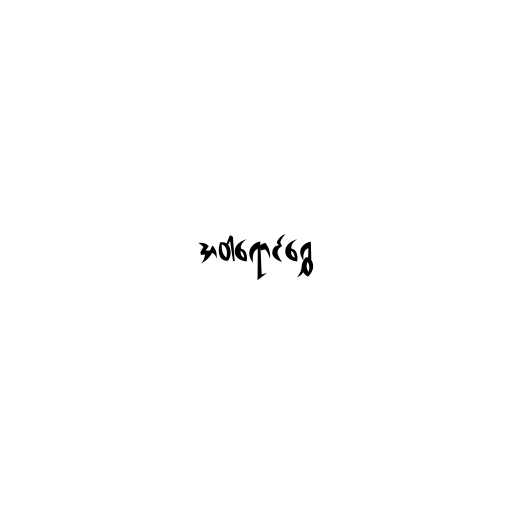
အဝါရောင်ရွှေ